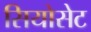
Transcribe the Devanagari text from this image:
सियोसेट